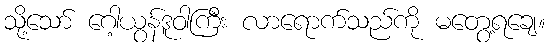
သို့သော် ဂေါ့ယွန်ဒူဝါကြီး လာရောက်သည်ကို မတွေ့ရချေ။